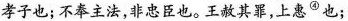
孝子也；不奉主法，非忠臣也。王赦其罪，上惠^{④}也；